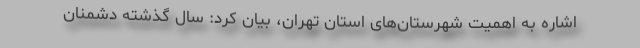
اشاره به اهمیت شهرستان‌های استان تهران، بیان کرد: سال گذشته دشمنان